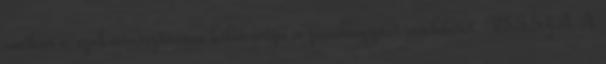
amikor a szakminisztérium kibocsátja a jóváhagyási rendeletet. VISSZA A